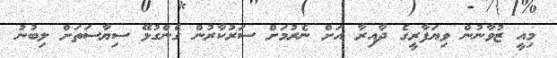
މިއީ ޒުވާނުން ވިޔަފާރީގެ ދާއިރާ އަށް ނެރުމަށް ސަރުކާރުން ގެންގުޅޭ ސިޔާސަތަށް ލިބުނު